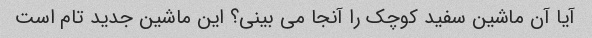
آیا آن ماشین سفید کوچک را آنجا می بینی؟ این ماشین جدید تام است